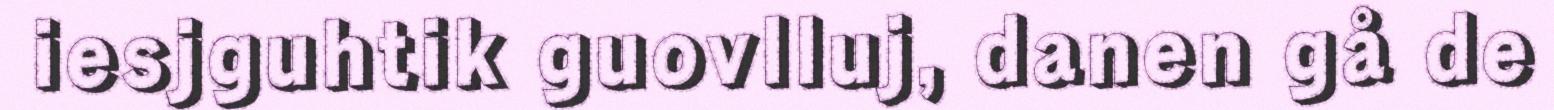
iesjguhtik guovlluj, danen gå de